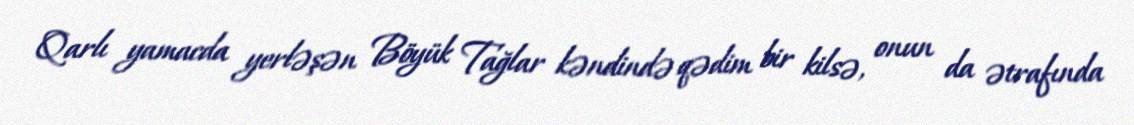
Qarlı yamacda yerləşən Böyük Tağlar kəndində qədim bir kilsə, onun da ətrafında